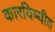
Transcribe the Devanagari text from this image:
कारयिष्यीत